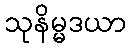
သုနိမ္မဒယာ